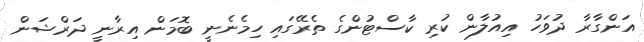
އަންގާރާ ދުވަހު އިއުލާން ކުރި ކާސްޓުންގެ ތެރޭގައި ހިމެނެނީ ބޮމަން އިރާނީ ދަރްޝަން